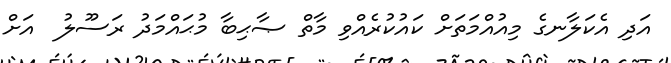
އަދި އެކަލާނގެ މިއުއްމަތަށް ކައުކުރެއްވި މާތް ޞާޙިބާ މުޙައްމަދު ރަސޫލު  އަށް